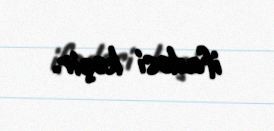
ifadəsi keçir.